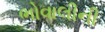
ભોવાલીની